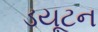
ડયૂટન